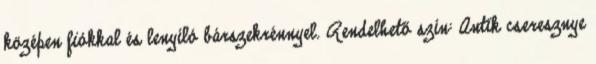
középen fiókkal és lenyíló bárszekrénnyel. Rendelhető szín: Antik cseresznye